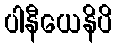
ပါနီယေနိပိ